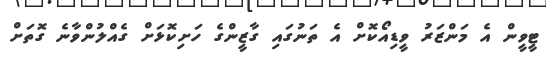
ޓީވީން އެ މަންޒަރު ވީޑިއޯކޮށް އެ ތަނުގައި ގާޒީންގެ ހަށިކޮޅަށް ގެއްލުންވާނެ ގޮތަށް